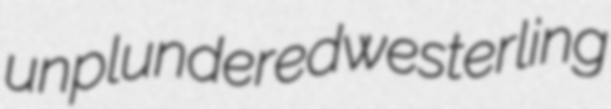
unplundered westerling